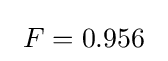
~F=0.956~